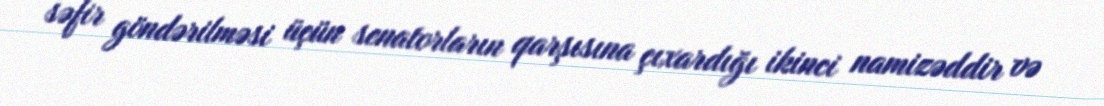
səfir göndərilməsi üçün senatorların qarşısına çıxardığı ikinci namizəddir və